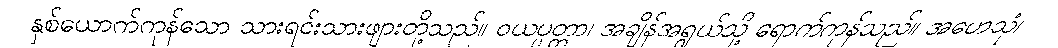
နှစ်ယောက်ကုန်သော သားရင်းသားဖျားတို့သည်။ ဝယပ္ပတ္တာ၊ အချိန်အရွယ်သို့ ရောက်ကုန်သည်။ အဟေသုံ၊